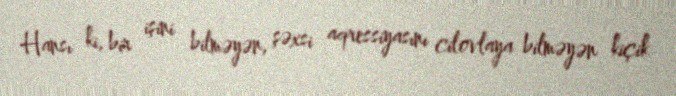
Hansı ki, bir işini bilməyən, şəxsi aqressiyasını cilovlaya bilməyən kiçik